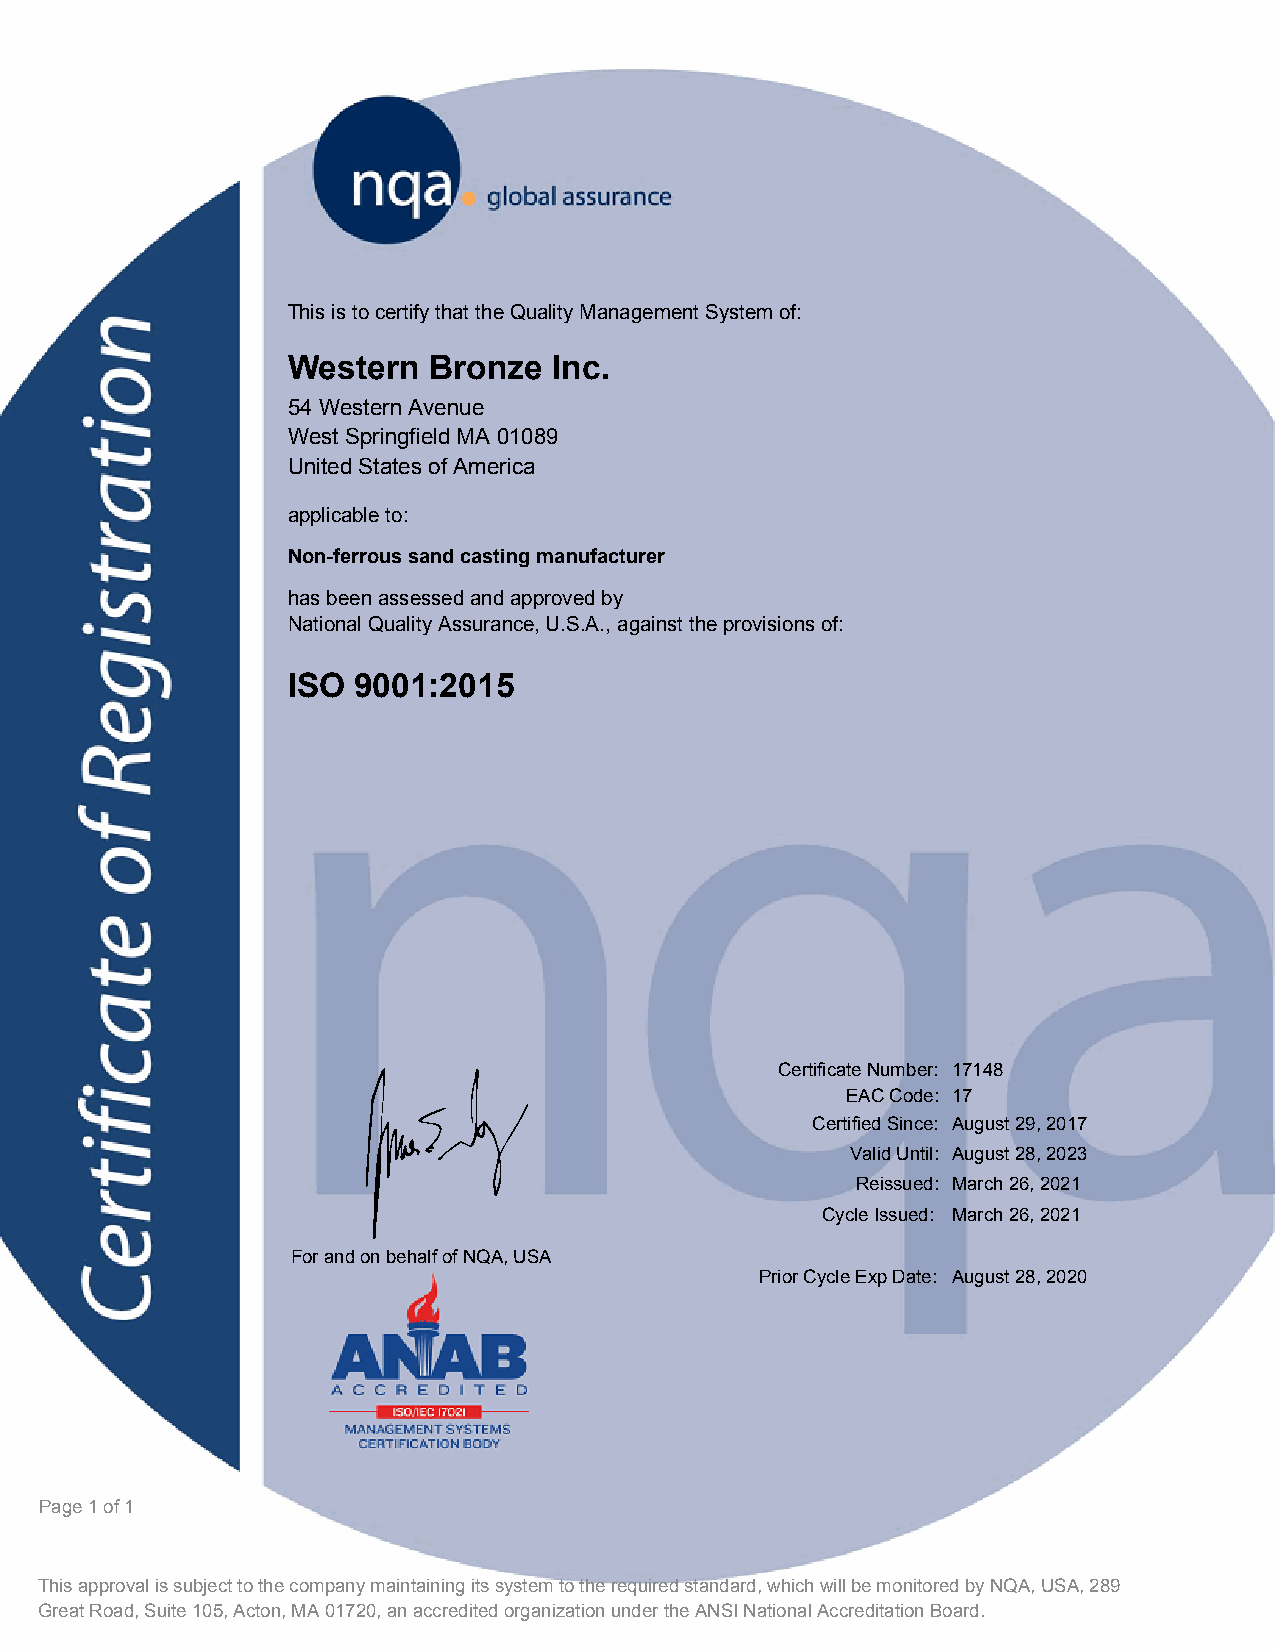
This is to certify that the Quality Management System of:
 Western  Bronze   Inc.
 54 Western Avenue
 West Springfield MA 01089
 United States of America
 applicable to:
 Non-ferrous sand casting manufacturer
 has been assessed and approved by
 National Quality Assurance, U.S.A., against the provisions of:
 ISO 9001:2015
 Certificate Number: 17148
 K                                EAC Code: 17
 Certified Since: August 29, 2017
 Valid Until: August 28, 2023
 Reissued: March 26, 2021
 Cycle Issued: March 26, 2021
 For and on behalf of NQA, USA
 Prior Cycle Exp Date: August 28, 2020
 Page 1 of 1
 This approval is subject to the company maintaining its system to the required standard, which will be monitored by NQA, USA, 289
 Great Road, Suite 105, Acton, MA 01720, an accredited organization under the ANSI National Accreditation Board.